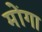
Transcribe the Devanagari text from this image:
मोंगा